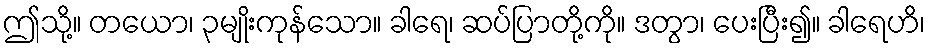
ဤသို့။ တယော၊ ၃မျိုးကုန်သော။ ခါရေ၊ ဆပ်ပြာတို့ကို။ ဒတွာ၊ ပေးပြီး၍။ ခါရေဟိ၊